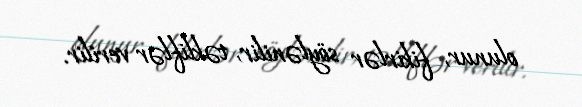
olunur, fikirlər söylənilir, təkliflər verilir.